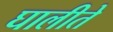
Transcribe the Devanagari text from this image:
घालीते